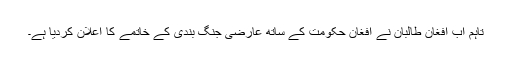
تاہم اب افغان طالبان نے افغان حکومت کے ساتھ عارضی جنگ بندی کے خاتمے کا اعلان کردیا ہے۔